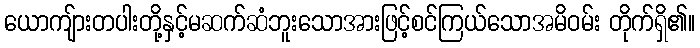
ယောကျ်ားတပါးတို့နှင့်မဆက်ဆံဘူးသောအားဖြင့်စင်ကြယ်သောအမိဝမ်း တိုက်ရှိ၏။